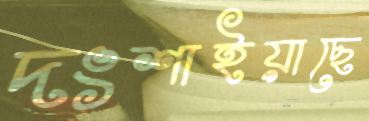
দংশাইয়াছে